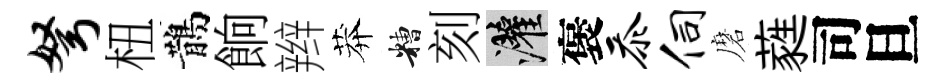
弩杻鵲餉辫莽糟刻灌褒忝伺磨蕤司旦